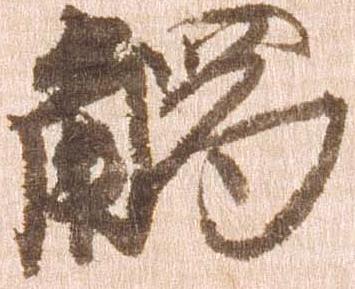
触